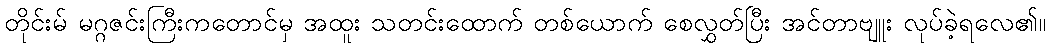
တိုင်းမ် မဂ္ဂဇင်းကြီးကတောင်မှ အထူး သတင်းထောက် တစ်ယောက် စေလွှတ်ပြီး အင်တာဗျူး လုပ်ခဲ့ရလေ၏။